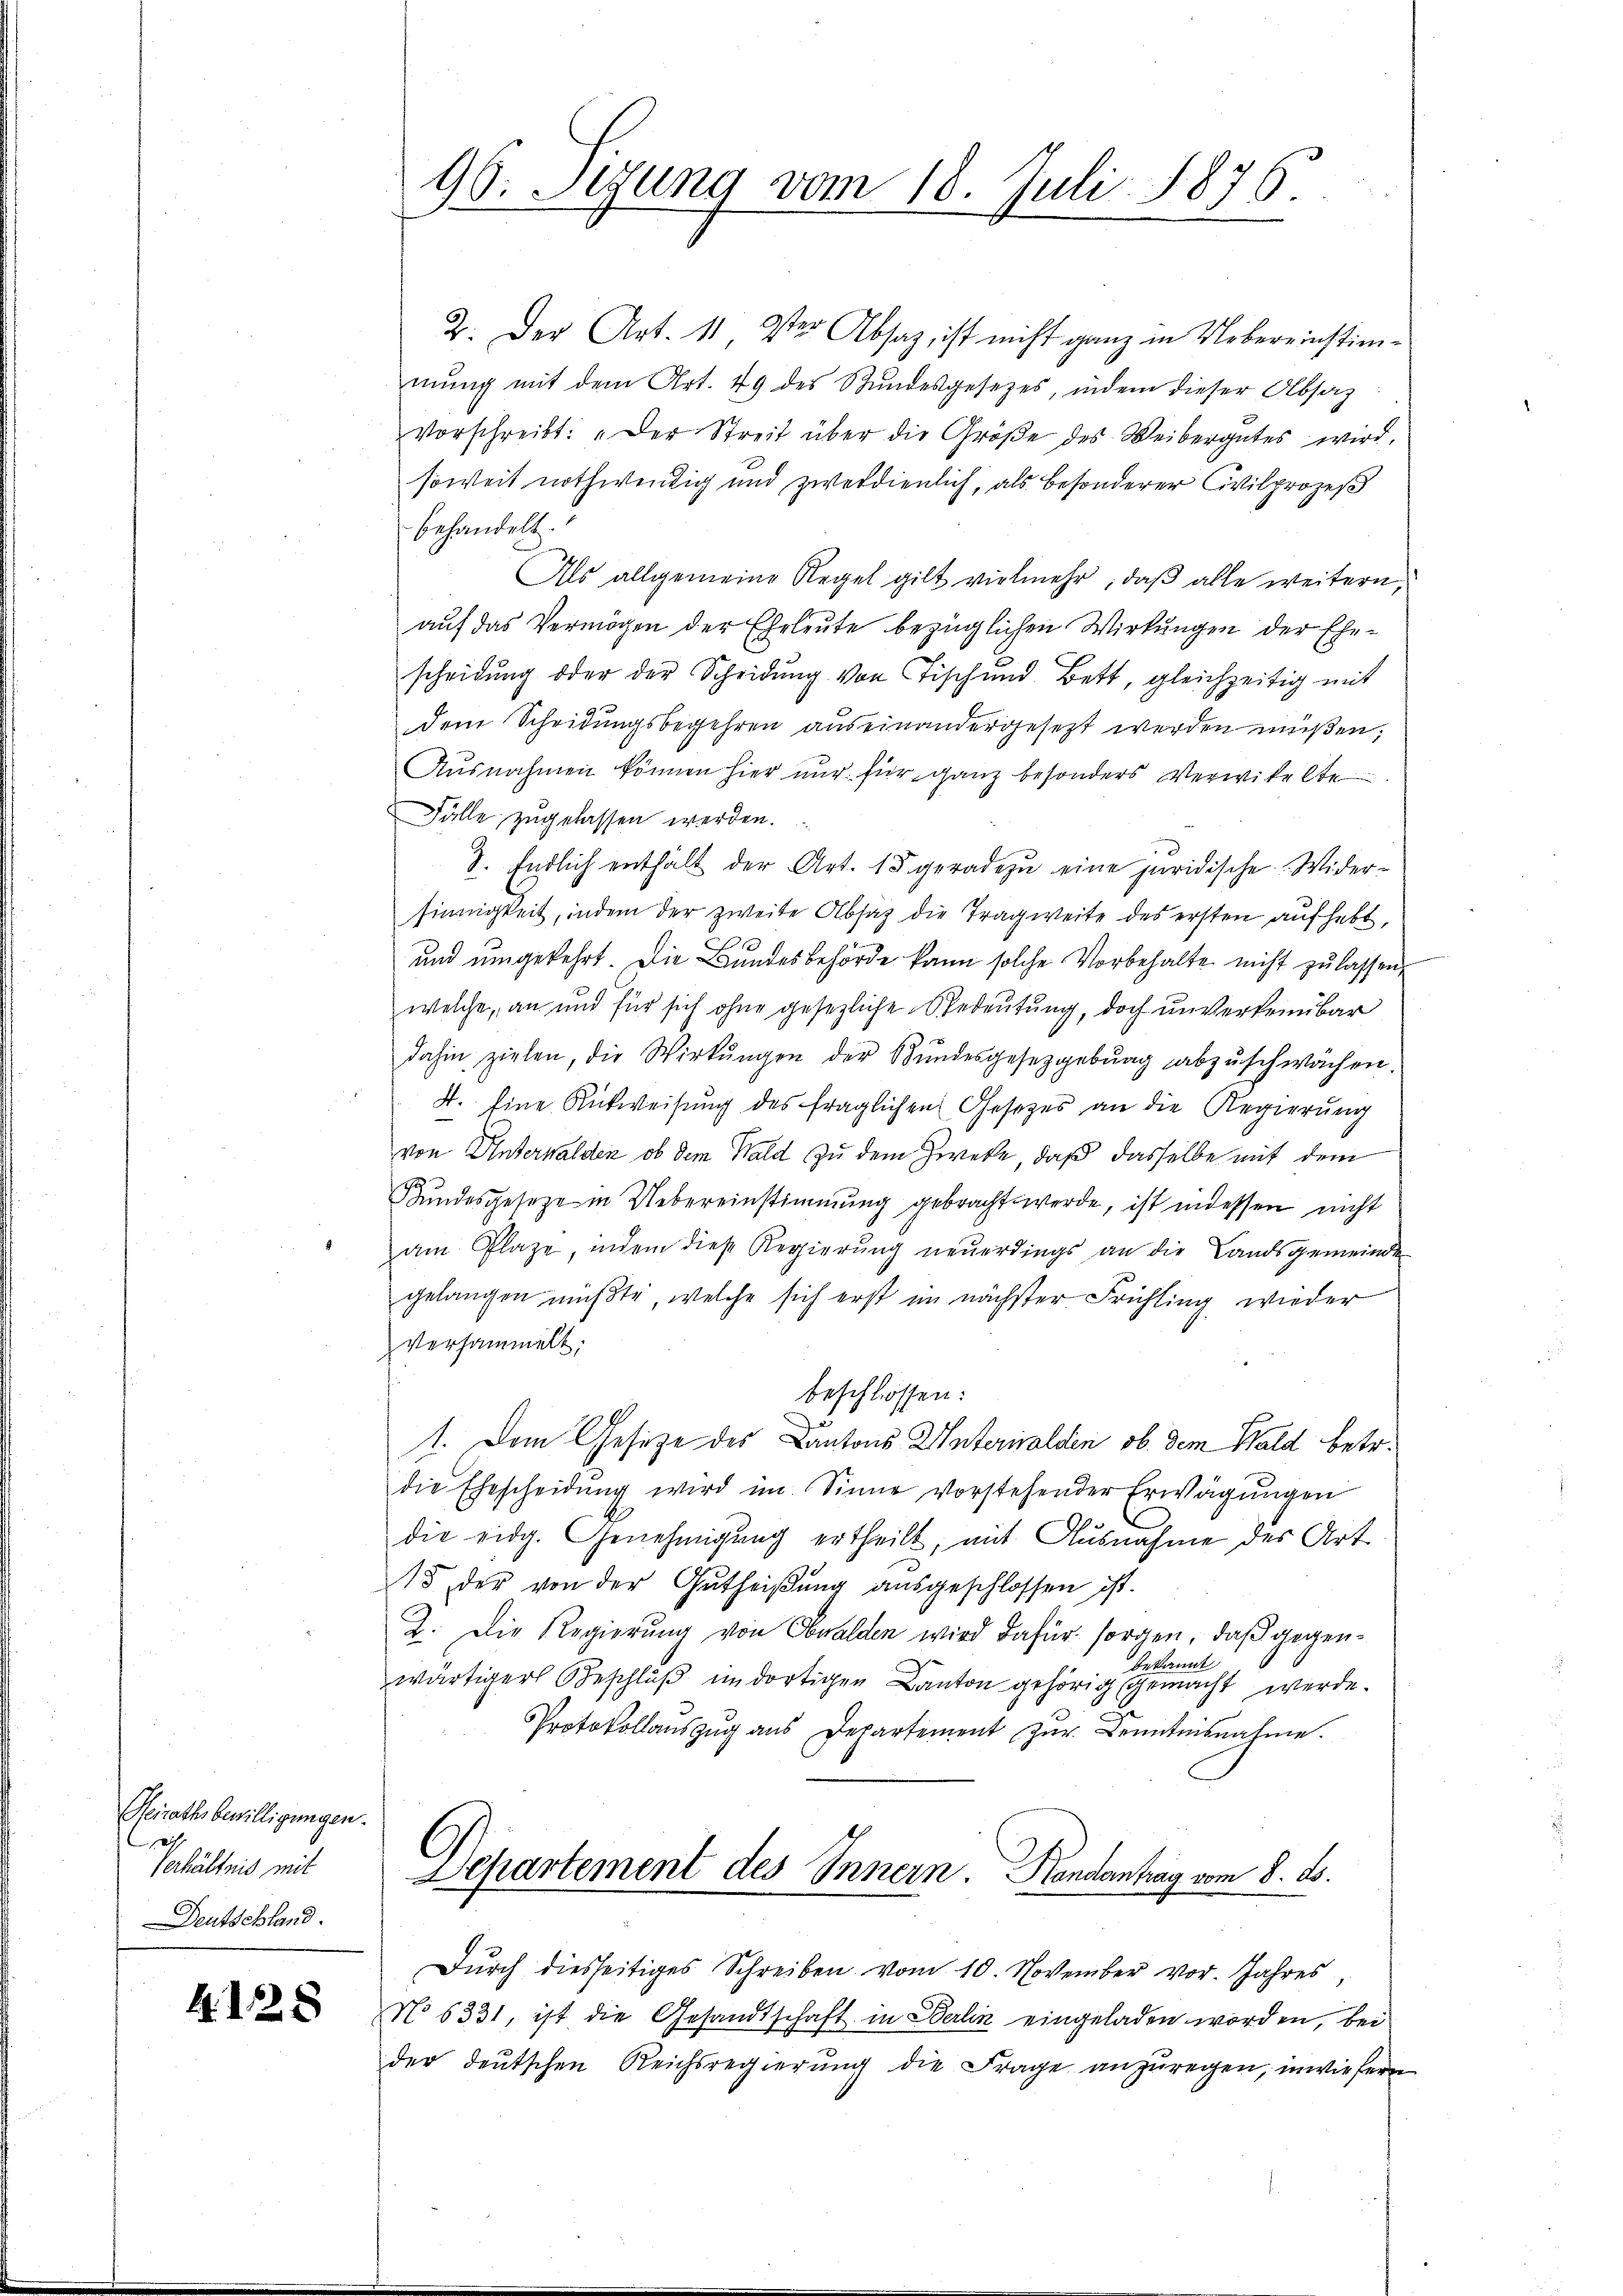
Heirathsbewilligungen.
a
Verhältnis mit
Deutschland.

22 x

96. Sizung vom 18. Juli 1876.

2. Der Art. 11 der Absaz, ist nicht ganz in Uebereinstimmŭng mit dem Art. 49 des Stŭndesgesetzes, indem dieser Absatz
Vorschreibt: „Der Streit über die Größe des Weibergutes wird,
soweit nothwendig und zwendienlich, als besonderer Wilprozeß
behandelt.
Als allgemeine Regel gilt vielmehr, daß alle weitern,
auf das Vermögen der Eheleute bezüglichen Wirkungen der Ehescheidung oder der Scheidung von Tischend Bett, gleichzeitig mit
dem Scheidungsbegehren auseinandergesezt werden müßen,
Aŭsnahmen können hier nur für ganz besonders Verwitelte
Fälle zugelassen werden.
8. Endlich enthält der Art. 15 geradezu eine juridische Widersinnigkeit, indem der zweite Absaz die Tragweite des ersten aufhebt,
und umgekehrt. Die Bundesbehörde kann solche Vorbehalte nicht zu lassen,
welche, an und für sich ohne gesezliche Bedeutung, doch unverkennbar
dahin zielen, die Wirkungen der Bŭndesgesetzgebŭng abzŭschwächen.
4. Eine Rückweisung des fraglichen Gesetzes an die Regierung
von Unterwalden, ob dem Wald zu dem Zwecke, daß dasselbe mit dem
Bundesgesetze in Uebereinstimmung gebracht werde, ist indessen nicht
am Plaze, indem diese Regierŭng neŭerdings an die Landsgemeinde
gelangen müßte, welche sich erst im nächster Frühling wieder
versammelt;
beschlossen:
1. Dem Gesetze des Cantons Unterwalden, ob dem Hald betr.
die Ehescheidŭng wird im Sinne vorstehender Erwägungen
die eidg. Genehmigŭng ertheilt, mit Ausnahme des Art.
15 der von der Gŭtheiβŭng aŭsgeschlossen ist.
2. Die Regierung von Obwalden wird dafür sorgen, daß gegenbekannt
wärtiger Beschluß indortigen Canton gehörig gemacht werde.
Protokollaŭszŭg aŭs Departement zŭr Kenntnisnahme.
Departement des Innern. Hendantrag vom 8. ds.
Dŭrch diesseitiges Schreiben vom 10. November vor. Jahres,
No 6331, ist die Gesandtschaft in Berlin eingeladen worden, bei
der deutschen Reichsregierŭng die Frage anzŭregen, inwiefern